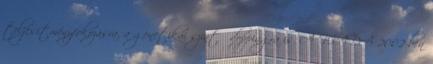
teljesítményfokozásra, a genetikai szintű doppingra is. A WADA 2002-ben